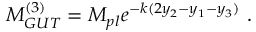
M _ { G U T } ^ { ( 3 ) } = M _ { p l } e ^ { - k ( 2 y _ { 2 } - y _ { 1 } - y _ { 3 } ) } ~ . ~ \,